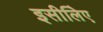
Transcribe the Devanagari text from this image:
इसीलिेए